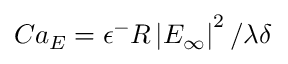
C a _ { E } = \epsilon ^ { - } R \left| E _ { \infty } \right| ^ { 2 } / \lambda \delta